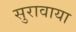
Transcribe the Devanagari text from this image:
सुरावाया